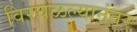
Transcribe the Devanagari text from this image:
विरघळल्यानंतर